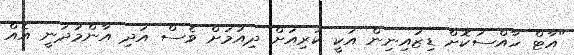
"އާޓް ހާއްސަކޮށް ޑިޒައިނިން އަކީ ކުރިއަށް ދިއުމަށް ވެސް އަދި އާންމުދަނީ އެއް